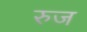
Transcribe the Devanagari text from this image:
रुज